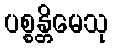
ပစ္စန္တိမေသု